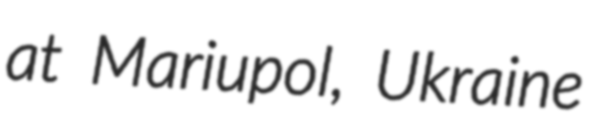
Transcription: at Mariupol, Ukraine